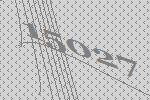
15027